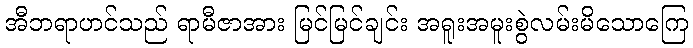
အီဘရာဟင်သည် ရာမီဇာအား မြင်မြင်ချင်း အရူးအမူးစွဲလမ်းမိသောကြေ